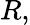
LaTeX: R,